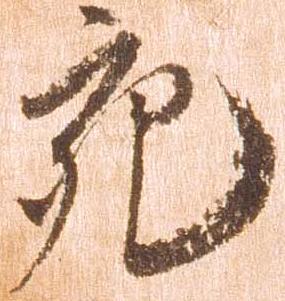
充